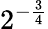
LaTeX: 2^{-{\frac{3}{4}}}